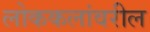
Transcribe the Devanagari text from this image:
लोककलांवरील